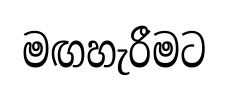
මඟහැරීමට